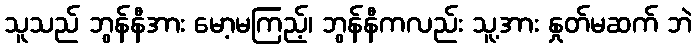
သူသည် ဘွန်နီအား မော့မကြည့်၊ ဘွန်နီကလည်း သူ့အား နှုတ်မဆက် ဘဲ